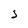
Character: J